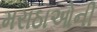
મરાઠાઓની